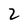
Character: 2